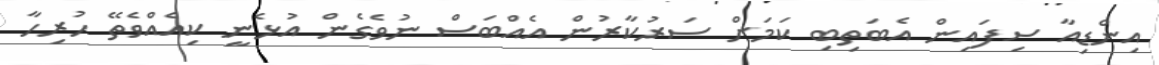
އިންޑިއާ ސިފައިން އެބަތިބި ކަމަށް ސަރުކާރުން އެއްބަސް ނުވެެގެން އުޅެނީ ކިއެއްވެތޭ ހުރިހާ